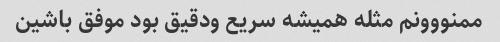
ممنووونم مثله همیشه سریع ودقیق بود موفق باشین